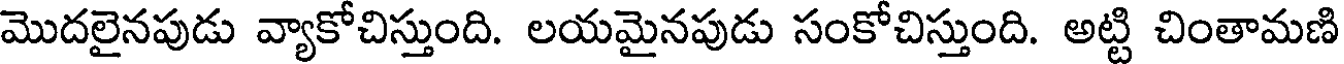
మొదలైనపుడు వ్యాకోచిస్తుంది. లయమైనపుడు సంకోచిస్తుంది. అట్టి చింతామణి